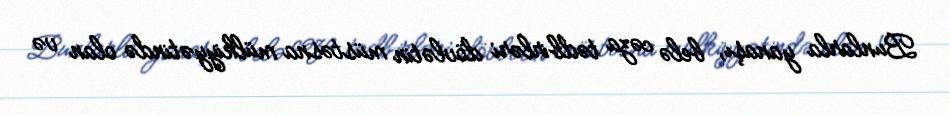
Bunlarla yanaşı, belə cəza tədbirləri dövlətin müstəsna mülkiyyətində olan və